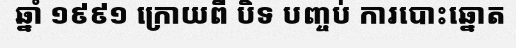
ឆ្នាំ ១៩៩១ ក្រោយពី បិទ បញ្ចប់ ការបោះឆ្នោត